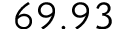
6 9 . 9 3